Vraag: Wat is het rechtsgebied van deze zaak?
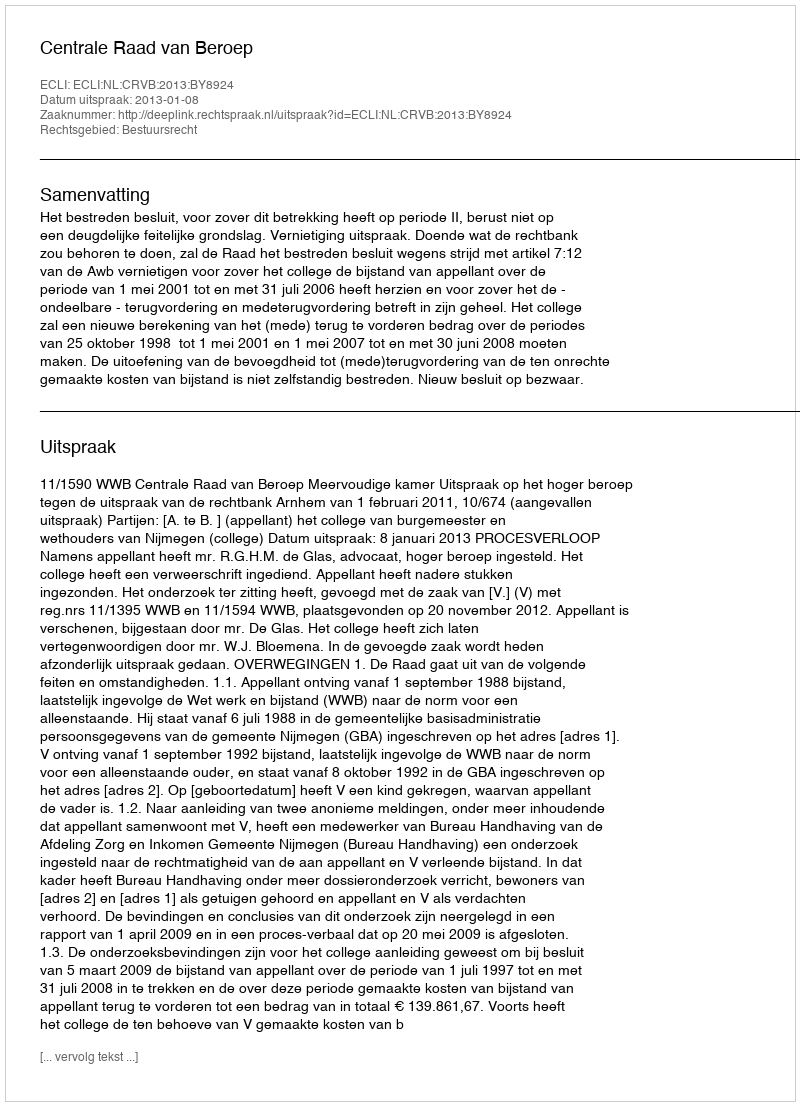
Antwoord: Bestuursrecht